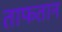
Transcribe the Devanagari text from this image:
ताफतान